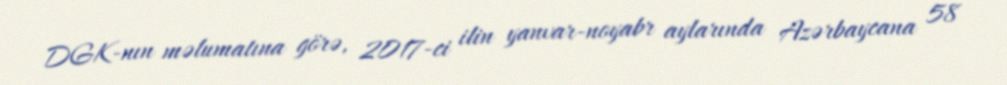
DGK-nın məlumatına görə, 2017-ci ilin yanvar-noyabr aylarında Azərbaycana 58